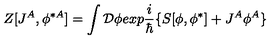
Z [ J ^ { A } , \phi ^ { \ast A } ] = \int { \cal D } \phi e x p { \frac { i } { \hbar } } \{ S [ \phi , \phi ^ { \ast } ] + J ^ { A } \phi ^ { A } \}